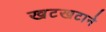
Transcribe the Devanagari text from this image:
खटखटाने